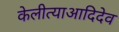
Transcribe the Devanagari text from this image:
केलीत्याआदिदेव